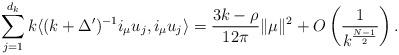
LaTeX: \begin{align*}\sum_{j=1}^{d_k}k\langle (k+\Delta')^{-1}i_{\mu}u_j,i_{\mu}u_j\rangle=\frac{3k-\rho}{12\pi}\|\mu\|^2+O\left(\frac{1}{k^{\frac{N-1}{2}}}\right).\end{align*}